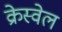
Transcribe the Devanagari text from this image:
क्रेस्वेल